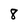
Character: 8